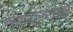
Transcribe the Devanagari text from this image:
कडधान्यासाठी